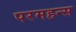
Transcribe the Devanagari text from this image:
परमहन्स